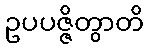
ဥပပဇ္ဇိတွာတိ